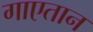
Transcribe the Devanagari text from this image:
गाएतान